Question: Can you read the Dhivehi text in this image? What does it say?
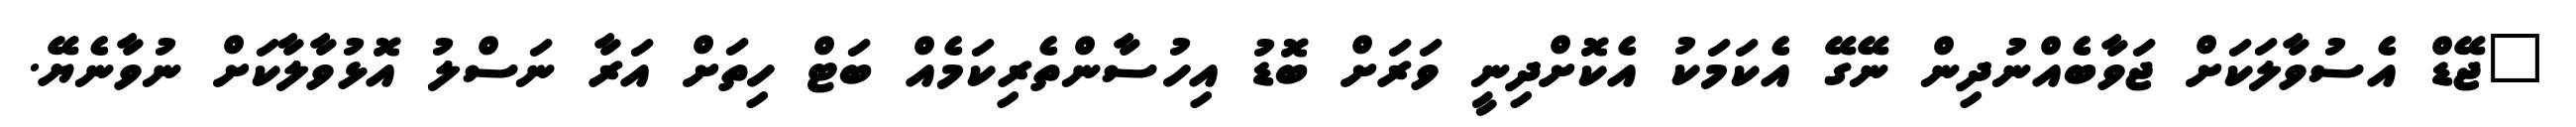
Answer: "ޖޭޑް އެސުވާލަކަށް ޖަވާބެއްނުދިން ނޭގޭ އެކަމަކު އެކޮށްދިނީ ވަރަށް ބޮޑު އިހުސާންތެރިކަމެއް ބަޓް ހިތަށް އަރާ ނަސްލު އޮޅުވާލާކަށް ނުވާނެޔޭ.